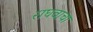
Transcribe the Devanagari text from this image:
राघवाचा